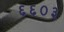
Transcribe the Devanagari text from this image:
६६०३